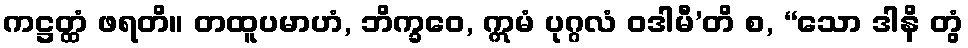
ကဋ္ဌတ္ထံ ဖရတိ။ တထူပမာဟံ, ဘိက္ခဝေ, ဣမံ ပုဂ္ဂလံ ဝဒါမီ’တိ စ, “သော ဒါနိ တွံ